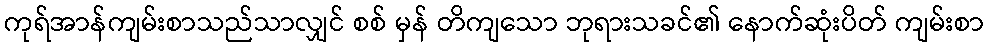
ကုရ်အာန်ကျမ်းစာသည်သာလျှင် စစ် မှန် တိကျသော ဘုရားသခင်၏ နောက်ဆုံးပိတ် ကျမ်းစာ